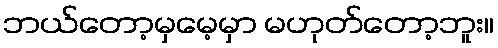
ဘယ်တော့မှမေ့မှာ မဟုတ်တော့ဘူး။